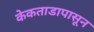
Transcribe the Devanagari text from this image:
केकताडापासून